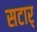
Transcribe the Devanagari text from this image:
सटार्